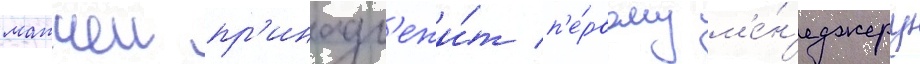
матчеи пр'инадл'ежи́т п'е́рвому м'е́н'еджеру